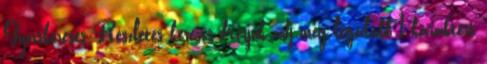
Gyorskeresés Részletes keresés Kérjük adj meg legalább 1 karaktert